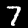
Digit: 7